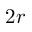
2 r